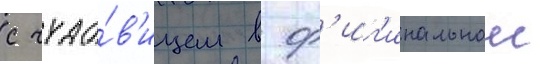
с чудо́в'ищем в ор'иг'инальнои